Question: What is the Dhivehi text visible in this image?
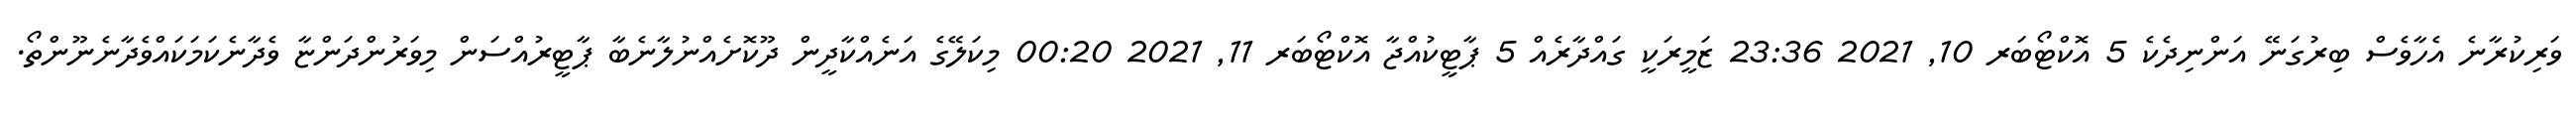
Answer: ވަރިކުރާނެ އެހާވެސް ބިރުގަނޭ އަންނިދެކެ 5 އޮކްޓޯބަރ 10, 2021 23:36 ޒަމީރަކީ ގައްދާރެއް 5 ޕާޓީކުއްޖާ އޮކްޓޯބަރ 11, 2021 00:20 މިކަލޭގެ އަނެއްކާދީން ދޫކޮށެއްނުލާނެބާ ޕާޓީރުއްސަން މިވަރުންދަންޏާ ވެދާނެކަމަކައްވެދާނެނޫންތޯ.